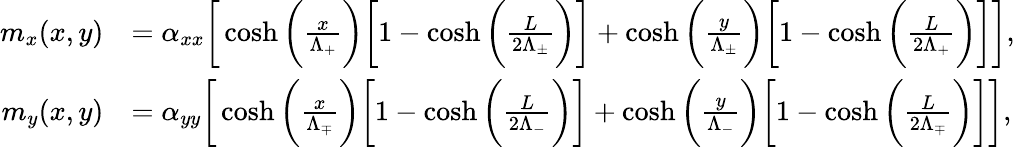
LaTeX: \begin{array}{rl}{m_{x}(x,y)}&{=\alpha_{xx}\bigg[\cosh\bigg(\frac{x}{\Lambda_{+}}\bigg)\bigg[1-\cosh\bigg(\frac{L}{2\Lambda_{\pm}}\bigg)\bigg]+\cosh\bigg(\frac{y}{\Lambda_{\pm}}\bigg)\bigg[1-\cosh\bigg(\frac{L}{2\Lambda_{+}}\bigg)\bigg]\bigg],}\\ {m_{y}(x,y)}&{=\alpha_{yy}\bigg[\cosh\bigg(\frac{x}{\Lambda_{\mp}}\bigg)\bigg[1-\cosh\bigg(\frac{L}{2\Lambda_{-}}\bigg)\bigg]+\cosh\bigg(\frac{y}{\Lambda_{-}}\bigg)\bigg[1-\cosh\bigg(\frac{L}{2\Lambda_{\mp}}\bigg)\bigg]\bigg],}\end{array}